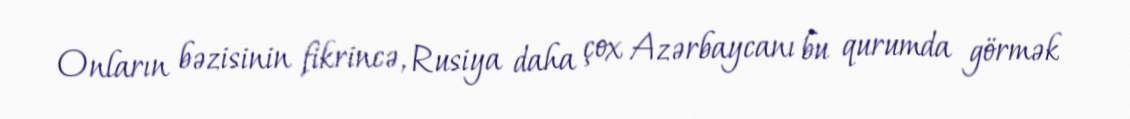
Onların bəzisinin fikrincə, Rusiya daha çox Azərbaycanı bu qurumda görmək